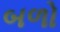
બળો